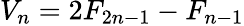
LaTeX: V_{n}=2F_{2n-1}-F_{n-1}